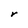
Character: r